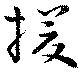
援